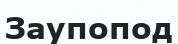
Заупопод